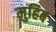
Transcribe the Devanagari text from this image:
मुहिब